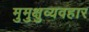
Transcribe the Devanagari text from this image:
मुमुक्षुव्यवहार